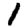
Digit: 1